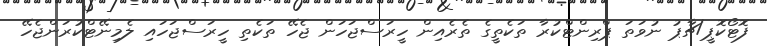
ފޮޓޯކޮޕީ/ޗާޕު ނުވަތަ ޕްރިންޓްކުރާ ތަކެތީގެ ތެރެއިން ހީރަސްޖަހަން ޖެހޭ ތަކެތި ހީރަސްޖަހައި ލެމިނޭޓްކުރަންޖެހޭ